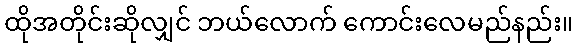
ထိုအတိုင်းဆိုလျှင် ဘယ်လောက် ကောင်းလေမည်နည်း။